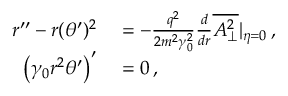
\begin{array} { r l } { r ^ { \prime \prime } - r ( \theta ^ { \prime } ) ^ { 2 } } & { { } = - \frac { q ^ { 2 } } { 2 m ^ { 2 } \gamma _ { 0 } ^ { 2 } } \frac { d } { d r } \overline { { A _ { \perp } ^ { 2 } } } | _ { \eta = 0 } \, , } \\ { \left( \gamma _ { 0 } r ^ { 2 } \theta ^ { \prime } \right) ^ { \prime } } & { { } = 0 \, , } \end{array}